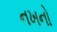
નખનો